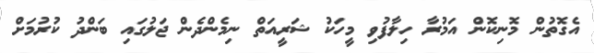
އެގޮތުން މޮނިކޮން އަމުރާ ހިލާފުވި މީހަކު ޝަރީއަތް ނިމެންދެން ޖަލުގައި ބަންދު ކުރުމަށް